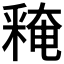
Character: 𨤕